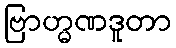
ဗြာဟ္မဏဒူတာ